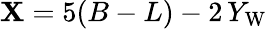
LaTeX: \mathbf{X}=5(B-L)-2\, Y_{\mathrm{{W}}}